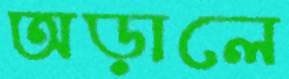
অড়ালে